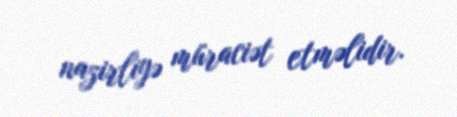
nazirliyə müraciət etməlidir.